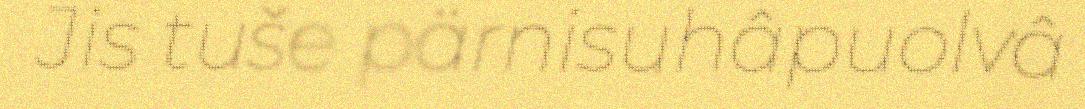
Jis tuše pärnisuhâpuolvâ